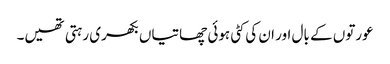
عورتوں کے بال اور ان کی کٹی ہوئی چھاتیاں بکھری رہتی تھیں۔